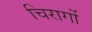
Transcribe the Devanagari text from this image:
चिरागों